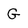
Character: G